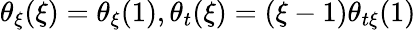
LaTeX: \theta_{\xi}(\xi)=\theta_{\xi}(1),\theta_{t}(\xi)=(\xi-1)\theta_{t\xi}(1)